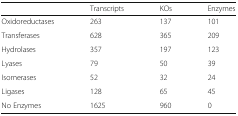
<table><thead><tr><td></td><td><b>Transcripts</b></td><td><b>KOs</b></td><td><b>Enzymes</b></td></tr></thead><tbody><tr><td>Oxidoreductases</td><td>263</td><td>137</td><td>101</td></tr><tr><td>Transferases</td><td>628</td><td>365</td><td>209</td></tr><tr><td>Hydrolases</td><td>357</td><td>197</td><td>123</td></tr><tr><td>Lyases</td><td>79</td><td>50</td><td>39</td></tr><tr><td>Isomerases</td><td>52</td><td>32</td><td>24</td></tr><tr><td>Ligases</td><td>128</td><td>65</td><td>45</td></tr><tr><td>No Enzymes</td><td>1625</td><td>960</td><td>0</td></tr></tbody></table>